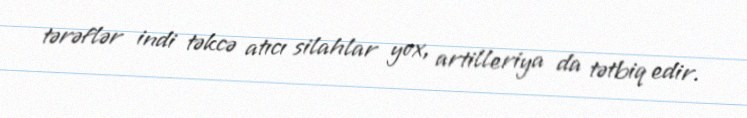
tərəflər indi təkcə atıcı silahlar yox, artilleriya da tətbiq edir.